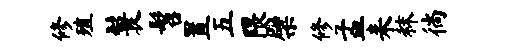
修殖鬟髫置五隈檗修孟耒秣徜